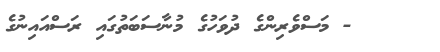
- މަސްވެރިންގެ ދުވަހުގެ މުނާސަބަތުގައި ރަސްއައިނުގެ